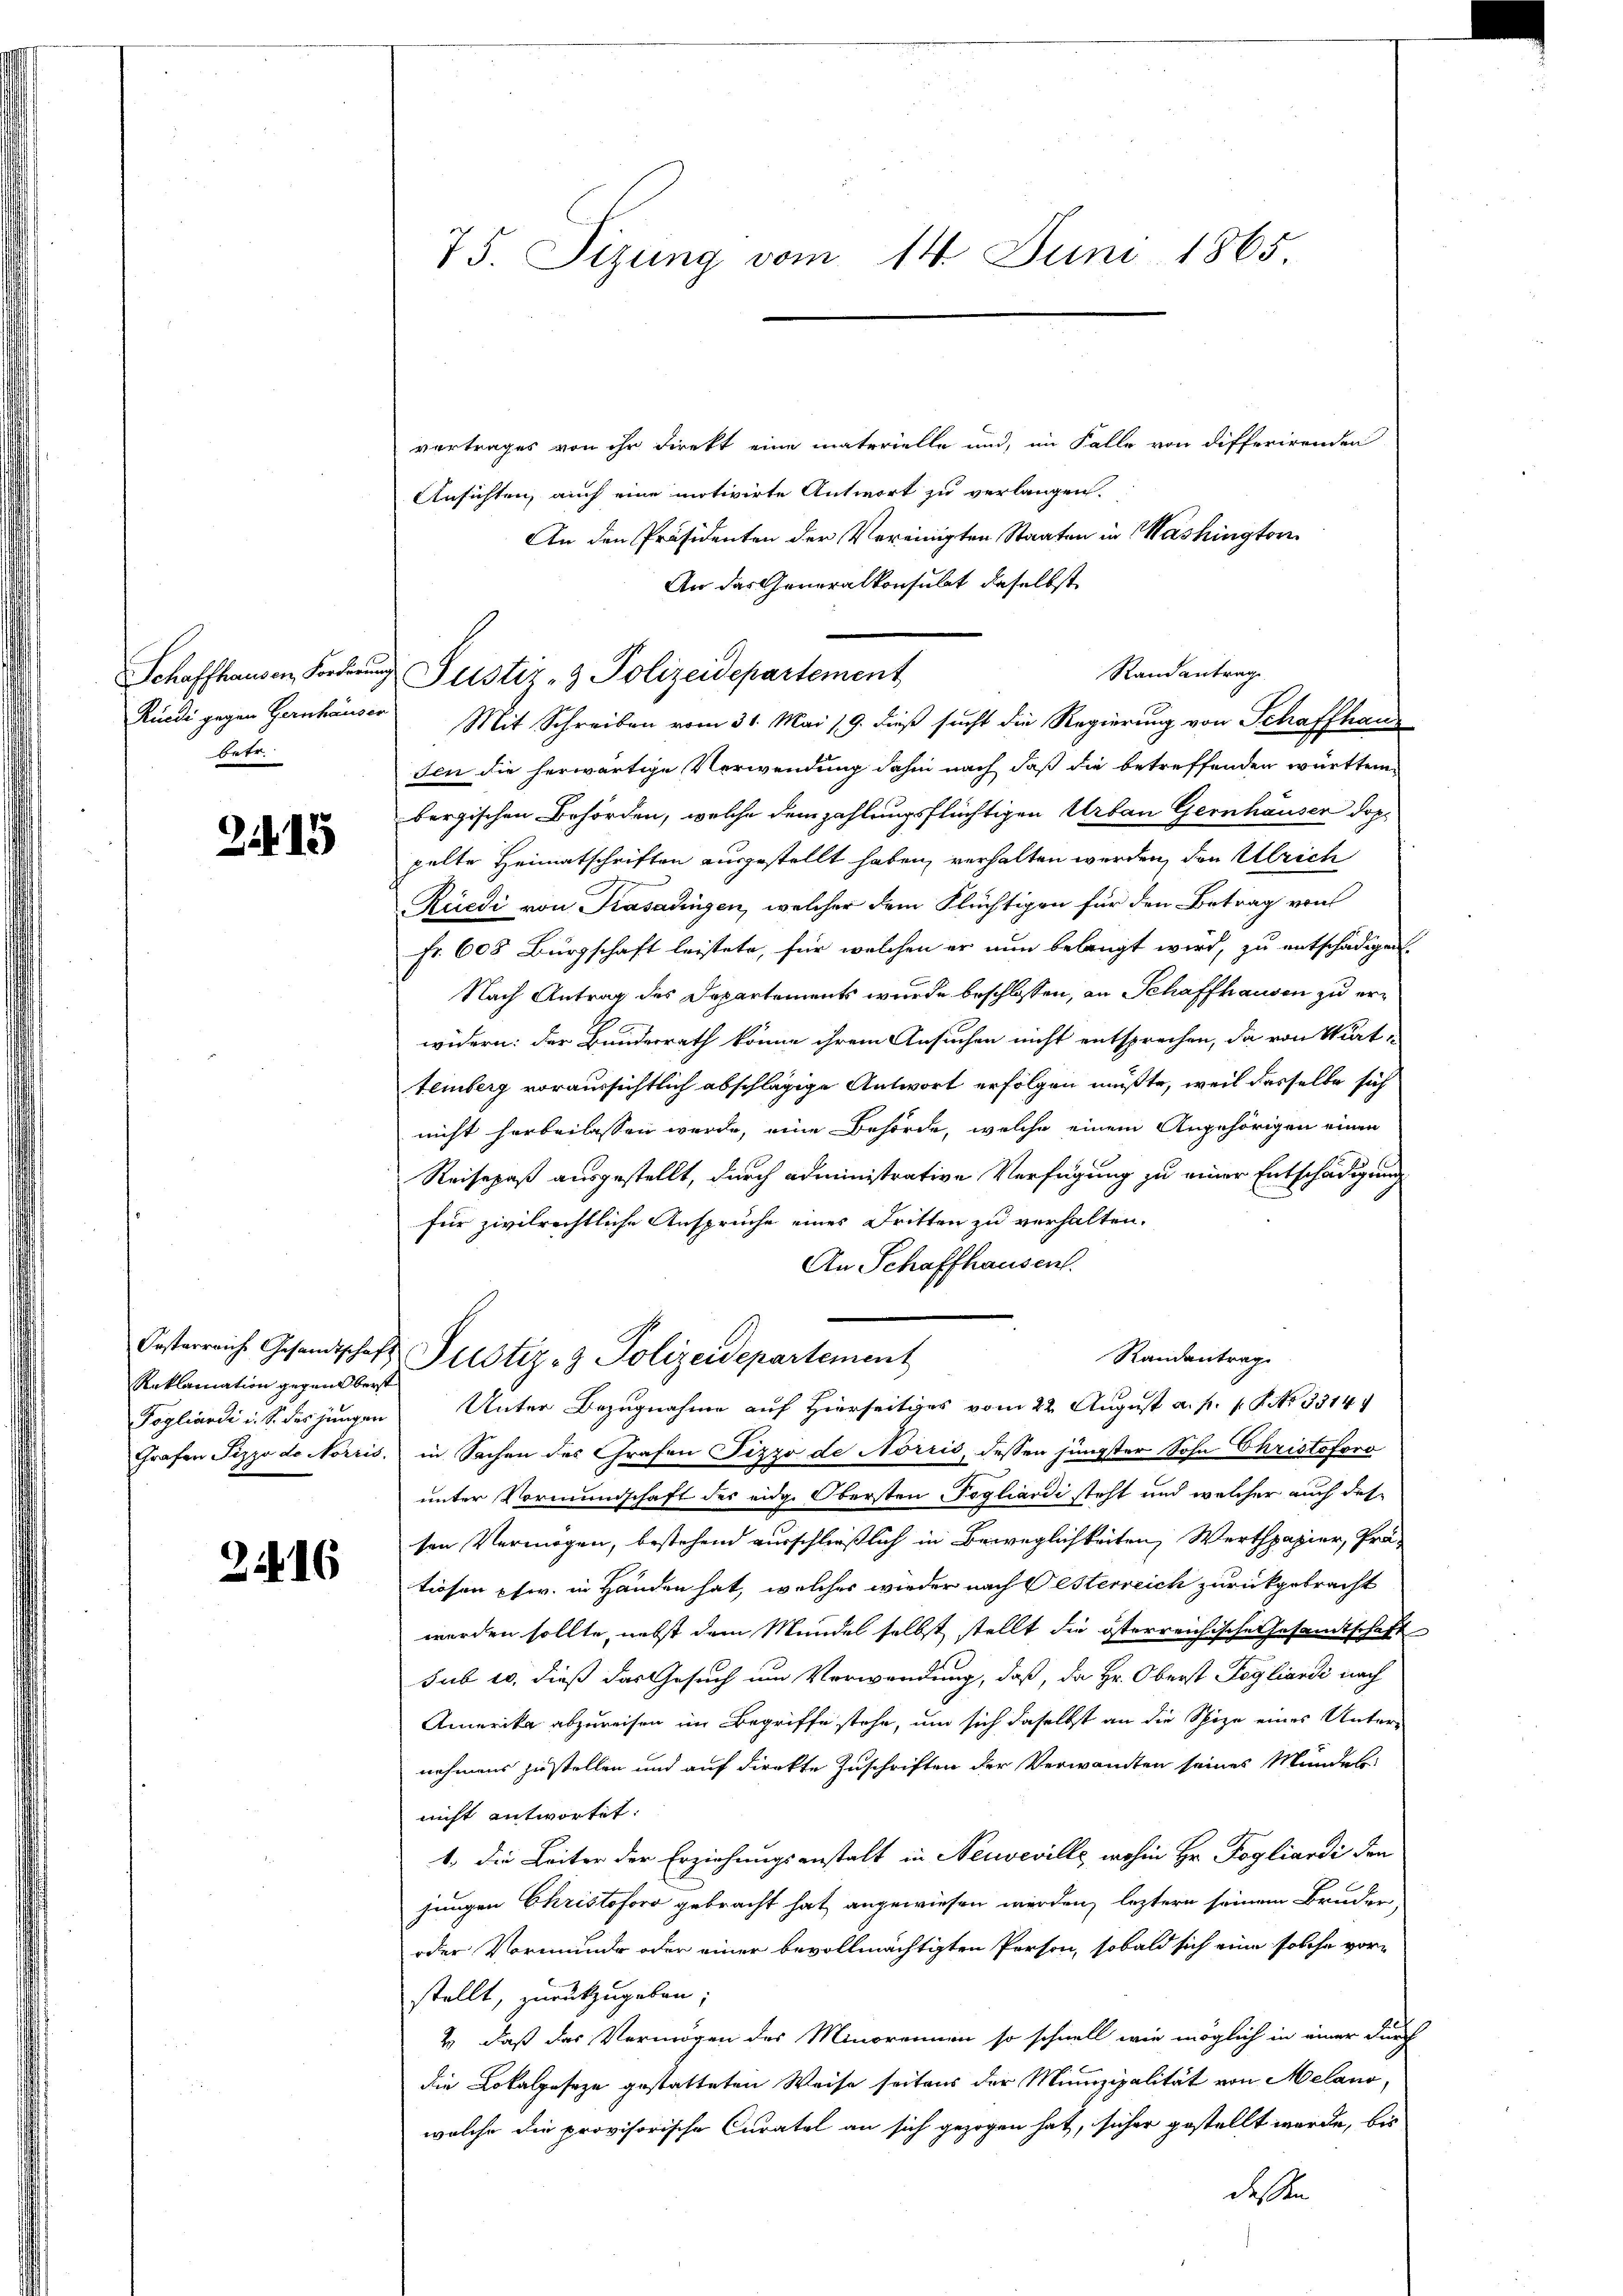
betr.

215

Reklamation gegensberst

2416

vertrages von ihr Direkt eine materielle und, im Falle von differirenden
Ansichten, auch eine motivirte Antwort zu verlangen.
An den Präsidenten der Vereinigten Staaten in Washington
An das Generalkonsulat daselbst
Rüedi gegen Gernhäuser Mit Schreiben vom 31. Mai 19. dieß sucht die Regierung von Schaffhaus
sen die herwärtige Verwendung dahin nach daß die betreffenden württem
bergischen Behörden, welche dem zahlungsflüchtigen Urban Gernhäuser doppelte Heimatschriften ausgestellt haben, verhalten werden, den Ulrich
Rüedi von Krasadingen, welcher dem Flüchtigen für den Betrag von
fr. 608 Bürgschaft leistete, für welchen er nun belangt wird, zu entschädigen.
Nach Antrag des Departements wurde beschlossen, an Schaffhausen zu erwidern: der Bundesrath könne ihrem Ansuchen nicht entsprechen, da von Wart-
temberg voraussichtlich abschlägige Antwort erfolgen müßte, weil desselbe sich
nicht herbeilassen werde, eine Behörde, welche einem Angehörigen einen
Reisepaß ausgestellt, durch administrative Verfügung zu einer Entschädigung
für zivilrechtliche Anspruche eines Dritten zu verhalten.
An Schaffhausen.
Kosterreiche Gesandtschaft Pustiz- & Polizeidepartement
Randantrag
Fogliandi i. S. des jungen Unter Bezugnahme auf Hierseitiges vom 22. August a. p. s. S. 3314
Grafen Pizzo de Norris, in Sachen des Grafen Pizzo de Norris, dessen jüngster Sohn Christoforo
unter Vormundschaft des eidg. Obersten Pogliardi steht und welcher auch des
ten Vermögen, bestehend ausschließlich in Beweglichkeiten, Werthpapier, Prä-
tiosen phw. in Handen hat, welches wieder nach Oesterreich zurückgebracht
werden sollte, nebst dem Mündel selbst stellt die österreichische Gesandtschaft
sub 20. dieß das Gesuch um Verwendung, daß, da Hr. Oberst Fogliandi nach
Amerika abzureisen im Begriffe stehe, um sich daselbst an die Spize eines Unter-
nehmens zustellen und auf direkte Zuschriften der Verwandten seines Mündelsnicht antwortet:
1., die Leiter der Erziehungsanstalt in Neuveville wohin Hr. Pogliardi den
jungen Christoforo gebracht hat angewiesen werden, leztern seinem Bruder
oder Vormunde oder einer bevollmächtigten Person, sobald sich eine solche vor-
stellt, zurückzugeben;
2. daß das Vermögen des Minorennen so schnell wie möglich in einer durch
die Lokalgeseze gestatteten Weise seitens der Minizipalität von Melano,
welche die provisorische Curatel an sich gezogen hat, sicher gestellt wurde, bis
dessen

75. Sizung vom 14. Juni 1865.

Schaffhausen Forderung Justiz- & Polizeidepartement

Randantrag